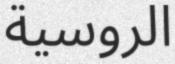
الروسية